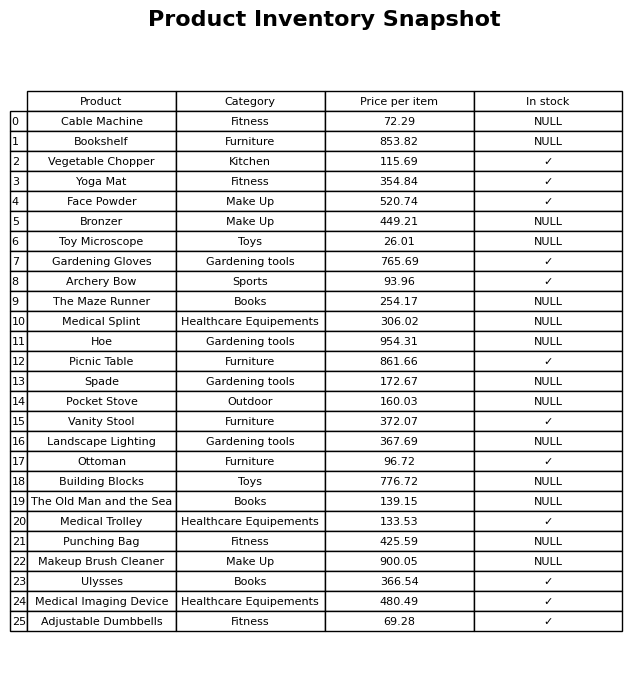
question: What is the price of the Medical Splint?
answer: The price of Medical Splint is 306.02.